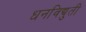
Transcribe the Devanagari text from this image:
धनविद्युती